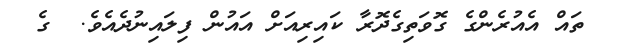
ތައް އެއުރެންގެ ގޮވަތިގެދޮރާ ކައިރިއަށް އައުން ފިލައިނުދެއެވެ.  ގެ